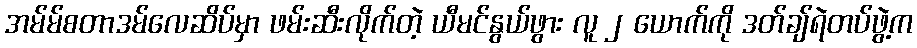
အမ်မ်စတာဒမ်လေဆိပ်မှာ ဖမ်းဆီးလိုက်တဲ့ ယီမင်နွယ်ဖွား လူ ၂ ယောက်ကို ဒတ်ချ်ရဲတပ်ဖွဲ့က